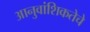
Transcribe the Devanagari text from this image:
आनुवांशिकतेचे